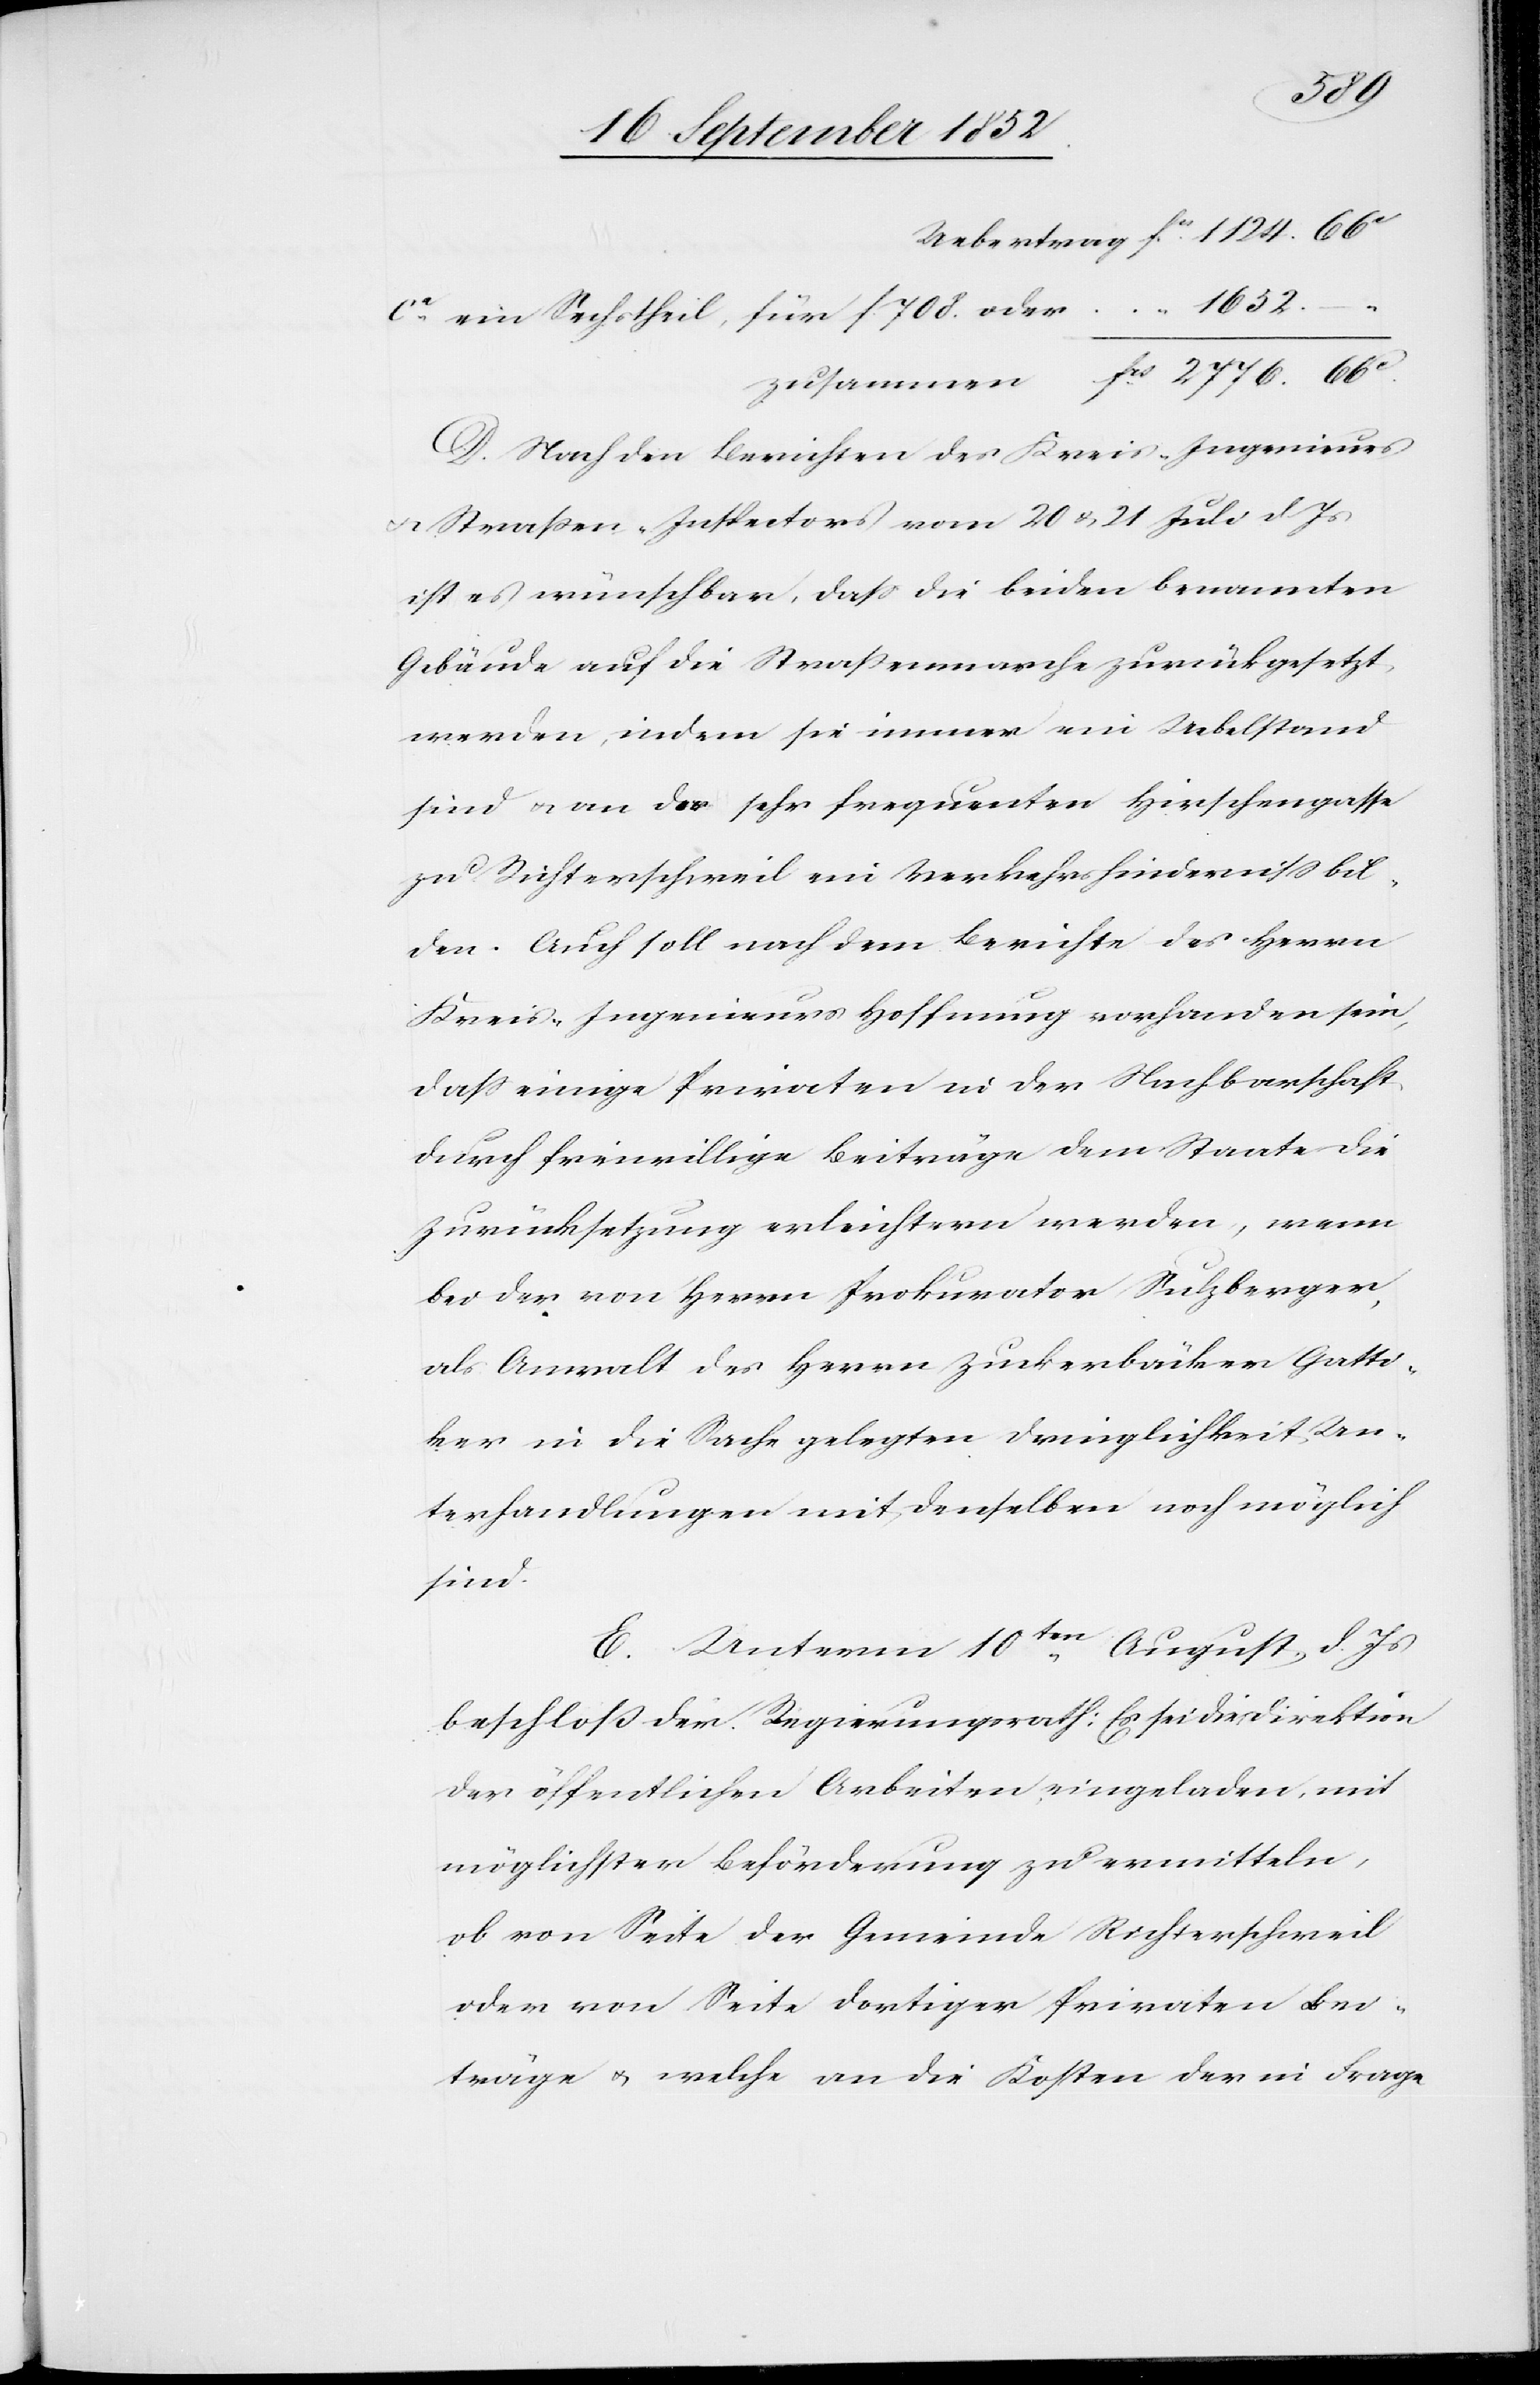
2776.
mmen
1652.
ca. ein Sechstheil, für f. 708. oder
D. Nach den Berichten des Kreis-Ingenieurs
& Straßen-Inspectors vom 20 & 21 Juli d. Js
ist es wünschbar, dass die beiden benannten
Gebäude auf die Straßenmarche zurückgesetzt
werden, indem sie immer ein Uebelstand
sind & an der sehr frequenten Hirschengasse
zu Richterschweil ein Verkehrshinderniss bil¬
den. Auch soll nach dem Berichte des Herrn
Kreis-Ingenieurs Hoffnung vorhanden sein,
dass einige Privaten in der Nachbarschaft
durch freiwillige Beiträge dem Staate die
Zurücksetzung erleichtern werden, wenn
bei der von Herrn Prokurator Sulzberger,
als Anwalt des Herrn Zuckerbäcker Gatti¬
ker in die Sache gelegten Dringlichkeit Un¬
terhandlungen mit denselben noch möglich
sind.
E. Unterm 10ten. August d. Js
beschloß der Regierungsrath: Es sei die Direktion
der öffentlichen Arbeiten eingeladen, mit
möglichster Beförderung zu ermitteln,
ob von Seite der Gemeinde Richterschweil
oder von Seite dortiger Privaten Bei¬
träge & welche an die Kosten der in Frage